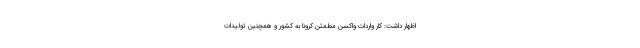
اظهار داشت: کار واردات واکسن مطمئن کرونا به کشور و همچنین تولیدات